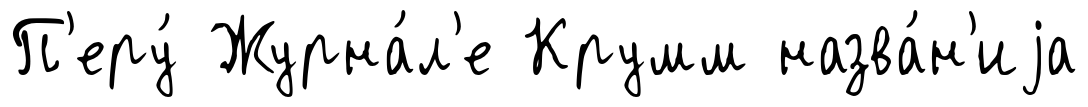
П'еру́ Журна́л'е Крумм назва́н'иjа